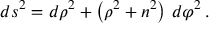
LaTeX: d s ^ { 2 } = d \rho ^ { 2 } + \left( \rho ^ { 2 } + n ^ { 2 } \right) \, d \varphi ^ { 2 } \, .